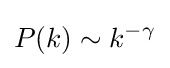
P(k)\sim k^{-\gamma }